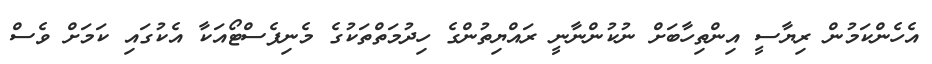
އެހެންކަމުން ރިޔާސީ އިންތިހާބަށް ނުކުންނާނީ ރައްޔިތުންގެ ހިދުމަތްތަކުގެ މެނިފެސްޓޯއަކާ އެކުގައި ކަމަށް ވެސް